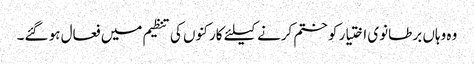
وہ وہاں برطانوی اختیار کو ختم کرنے کیلئے کارکنوں کی تنظیم میں فعال ہو گئے۔